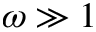
\omega \gg 1